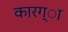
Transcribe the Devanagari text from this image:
कारग्ा